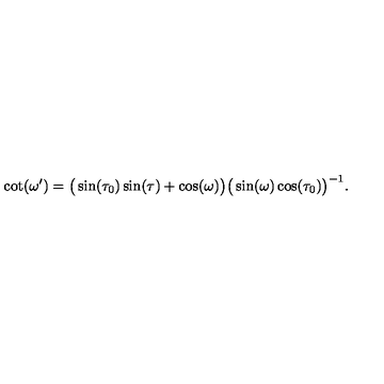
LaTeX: \cot ( \omega ^ { \prime } ) = \big ( \sin ( \tau _ { 0 } ) \sin ( \tau ) + \cos ( \omega ) \big ) \big ( \sin ( \omega ) \cos ( \tau _ { 0 } ) \big ) ^ { - 1 } .